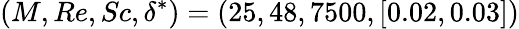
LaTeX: (M,Re,Sc,\delta^{*})=(25,48,7500,[0.02,0.03])